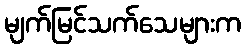
မျက်မြင်သက်သေများက